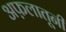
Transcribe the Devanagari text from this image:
अफ़लातूनी